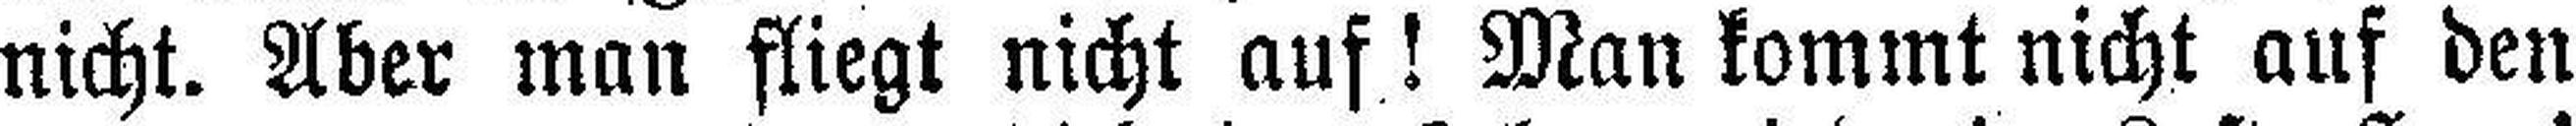
nicht. Aber man fliegt nicht auf! Man kommt nicht auf den